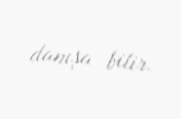
danışa bilir.